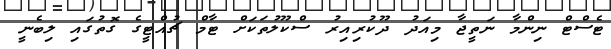
ޓެސްޓް ނިންމާ ނަތީޖާ މިއަދު ދޫކުރިއިރު ސްކޫލުތަކަށް ޓާމް ޗުއްޓީގެ ގޮތުގައި ލިބެނީ